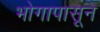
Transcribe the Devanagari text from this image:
भोगापासून